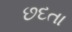
છદતા